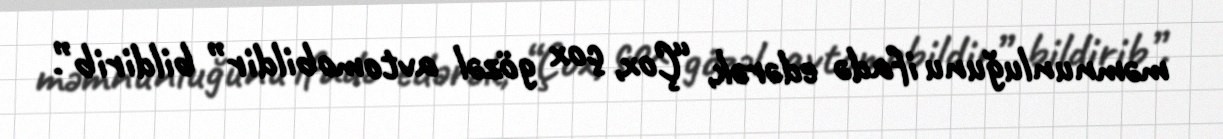
məmnunluğunu ifadə edərək, “Çox, çox gözəl avtomobildir” bildirib”.